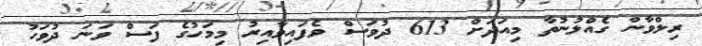
ރިލްވާން ގެއްލުނުތާ މިއަދަށް 613 ދުވަސް ވެފައިވާއިރު މިމަހުގެ ފަސް ވަނަ ދުވަހު